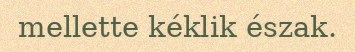
mellette kéklik észak.